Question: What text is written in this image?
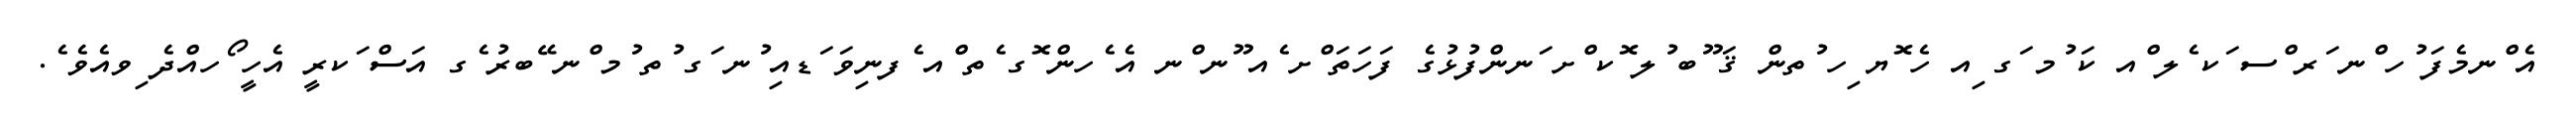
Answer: އެ ްނމެފަ ުހ ްނ ަރ ްސ ަކ ެލ ްއ ކަ ުމ ަގ ިއ ހެ ޮޔ ިހ ުތން ޤަ ޫބ ުލ ޮކ ްށ ަނންފުޅުގެ ފަހަތަ ްށ ެއ ޫނ ްނ އެ ެހން ޮގ ެތ ްއ ެފނިވަ ަޑއި ުނ ަގ ުތ ުމ ްނ ޭބރު ެގ އަސް ަކރީ އެހީ ޯހއްދެ ިވއެވެ ެ.